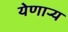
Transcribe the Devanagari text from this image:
येणार्‍य